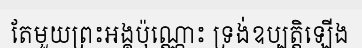
តែមួយព្រះអង្គប៉ុណ្ណោះ ទ្រង់ឧប្បត្តិឡើង